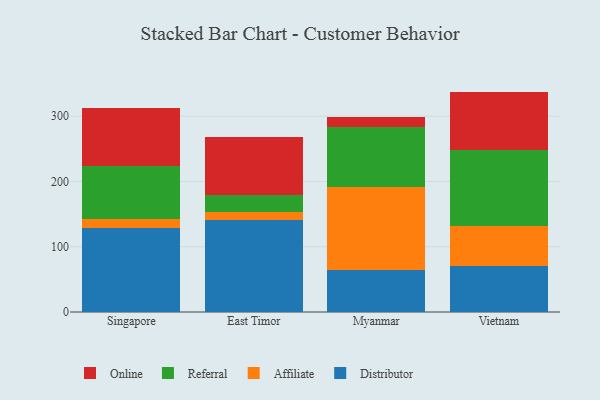
{"axis": {"x": "Country", "y": "Satisfaction Score"}, "legend": ["Affiliate", "Distributor", "Online", "Referral"], "data": [{"x": "Singapore", "y": 128.2, "type": "Distributor"}, {"x": "Singapore", "y": 15.0, "type": "Affiliate"}, {"x": "Singapore", "y": 80.2, "type": "Referral"}, {"x": "Singapore", "y": 89.9, "type": "Online"}, {"x": "East Timor", "y": 140.8, "type": "Distributor"}, {"x": "East Timor", "y": 11.8, "type": "Affiliate"}, {"x": "East Timor", "y": 26.5, "type": "Referral"}, {"x": "East Timor", "y": 89.4, "type": "Online"}, {"x": "Myanmar", "y": 64.6, "type": "Distributor"}, {"x": "Myanmar", "y": 127.6, "type": "Affiliate"}, {"x": "Myanmar", "y": 91.7, "type": "Referral"}, {"x": "Myanmar", "y": 14.9, "type": "Online"}, {"x": "Vietnam", "y": 71.2, "type": "Distributor"}, {"x": "Vietnam", "y": 61.3, "type": "Affiliate"}, {"x": "Vietnam", "y": 115.9, "type": "Referral"}, {"x": "Vietnam", "y": 89.3, "type": "Online"}]}